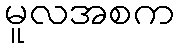
မူလအစက